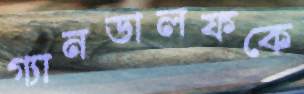
গ্যানডালফকে